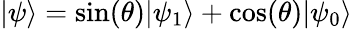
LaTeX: |\psi\rangle=\sin(\theta)|\psi_{1}\rangle+\cos(\theta)|\psi_{0}\rangle